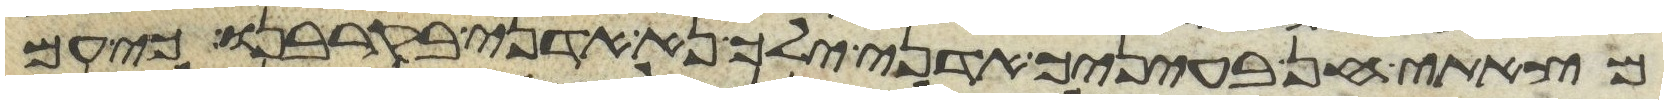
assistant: מצאתי חן בעיניך אדני ילך נא אדני בקרבנו כי עם